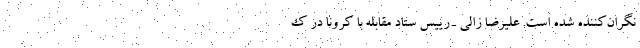
نگران‌کننده شده است. علیرضا زالی ـ رییس ستاد مقابله با کرونا در ک